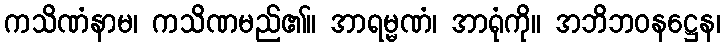
ကသိဏံနာမ၊ ကသိဏမည်၏။ အာရမ္မဏံ၊ အာရုံကို။ အဘိဘဝနဋ္ဌေန၊